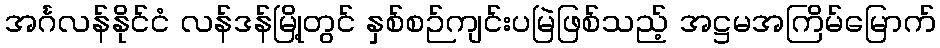
အင်္ဂလန်နိုင်ငံ လန်ဒန်မြို့တွင် နှစ်စဉ်ကျင်းပမြဲဖြစ်သည့် အဋ္ဌမအကြိမ်မြောက်